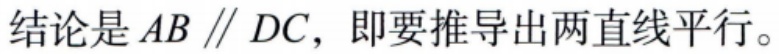
结论是 \(AB \parallel DC\)，即要推导出两直线平行。